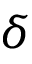
\delta